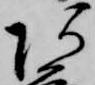
阿